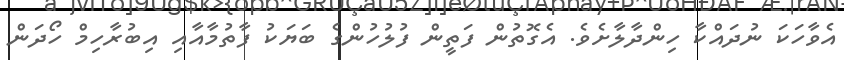
އެވާހަކަ ނުދައްކާ ހިންދާލާށެވެ. އެގޮތުން ފަތީން ފުލުހުންގެ ބަޔަކު ފާތުމާއާއި އިބުރާހިމް ހޯދަން